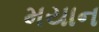
મયાન